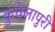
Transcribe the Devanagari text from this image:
कुचेलापुरी